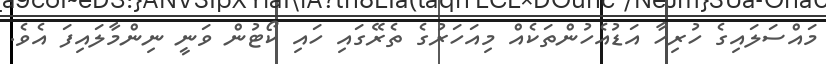
މައްސަލައިގެ ހުރިހާ އަޑުއެހުންތަކެއް މިއަހަރުގެ ތެރޭގައި ހައި ކޯޓުން ވަނީ ނިންމާލައިފަ އެވެ.